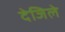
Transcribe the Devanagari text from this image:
देजिले